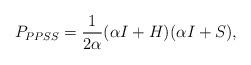
LaTeX: \begin{align*}P_{PPSS}=\frac{1}{2\alpha} (\alpha I+H)(\alpha I+S),\end{align*}